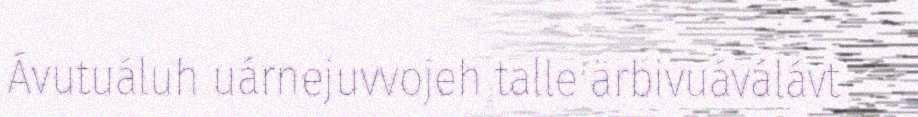
Ávutuáluh uárnejuvvojeh talle ärbivuáválávt